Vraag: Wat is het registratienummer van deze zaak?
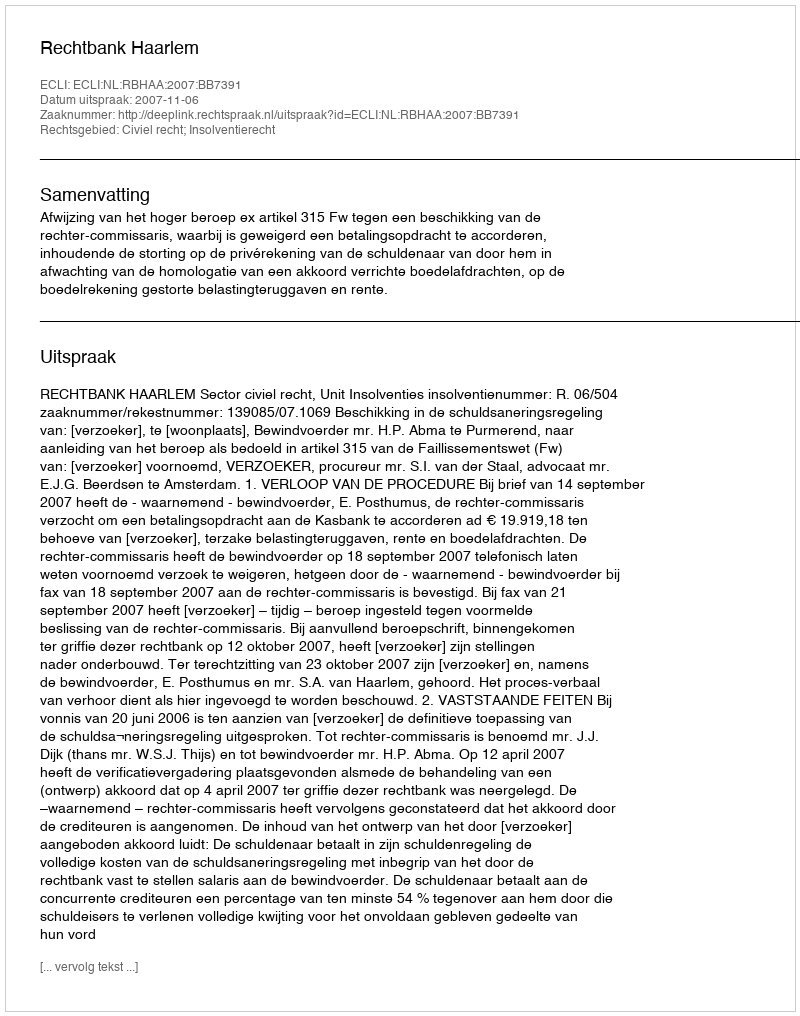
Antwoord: http://deeplink.rechtspraak.nl/uitspraak?id=ECLI:NL:RBHAA:2007:BB7391